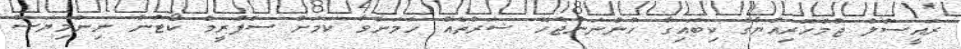
ރައީސުލް ޖުމްހޫރިއްޔާގެ ކިބައިގާ ހުންނަންޖެހޭ ޝަރުތެއް ހަމަނުވާ ކަމަށް ސްޕްރީމް ކޯޓުން ނިންމިޔަސް